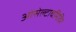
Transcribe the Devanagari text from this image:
ओसेल्टावमिविर